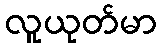
လူယုတ်မာ